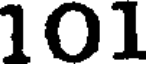
101